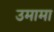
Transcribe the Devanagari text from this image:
उमामा